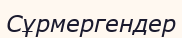
Сұрмергендер